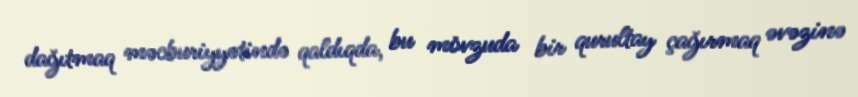
dağıtmaq məcburiyyətində qaldıqda, bu mövzuda bir qurultay çağırmaq əvəzinə